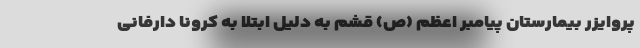
پروایزر بیمارستان پیامبر اعظم (ص) قشم به دلیل ابتلا به کرونا دارفانی